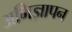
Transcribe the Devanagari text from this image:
अभिज्ञापन